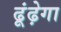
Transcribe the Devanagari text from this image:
ढूंढ़ेगा